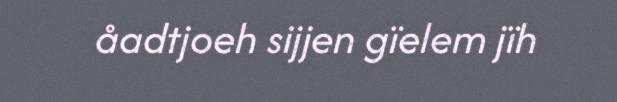
åadtjoeh sijjen gïelem jïh